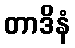
တာဒိနံ